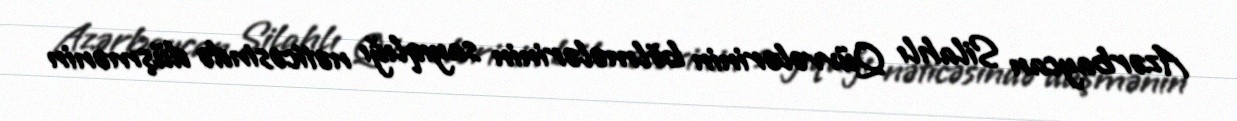
Azərbaycan Silahlı Qüvvələrinin bölmələrinin sayıqlığı nəticəsində düşmənin